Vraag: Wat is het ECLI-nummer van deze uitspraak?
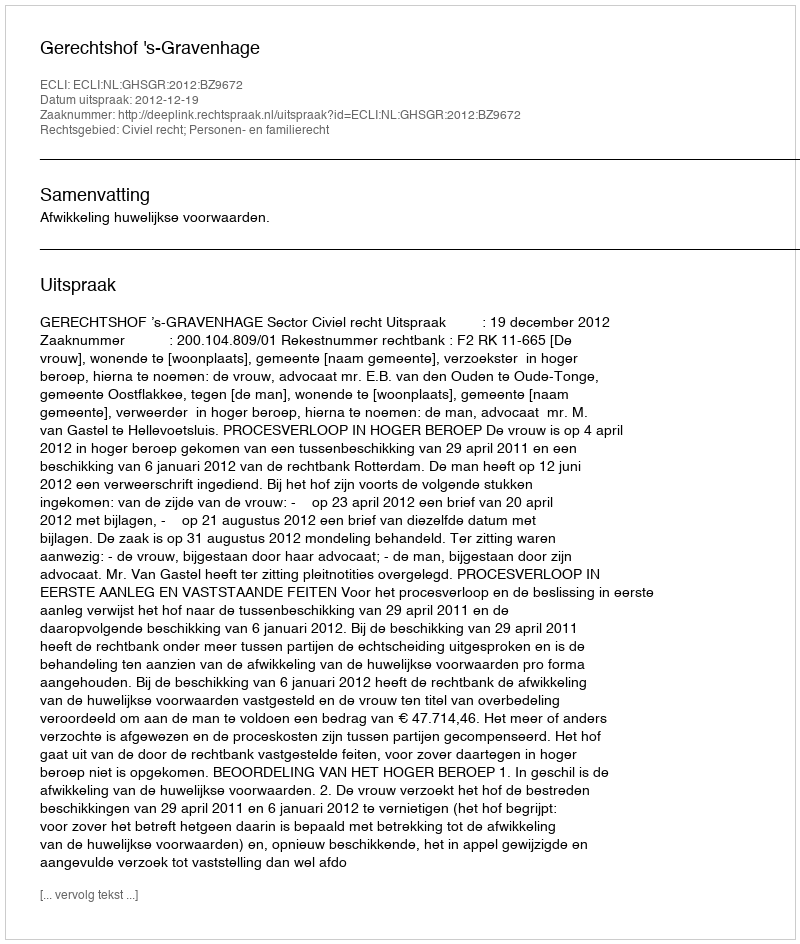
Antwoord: ECLI:NL:GHSGR:2012:BZ9672